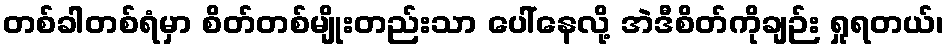
တစ်ခါတစ်ရံမှာ စိတ်တစ်မျိုးတည်းသာ ပေါ်နေလို့ အဲဒီစိတ်ကိုချဉ်း ရှုရတယ်၊